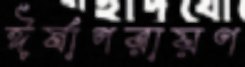
ঈর্ষাপরায়ণ